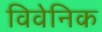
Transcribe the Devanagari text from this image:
विवेनिक